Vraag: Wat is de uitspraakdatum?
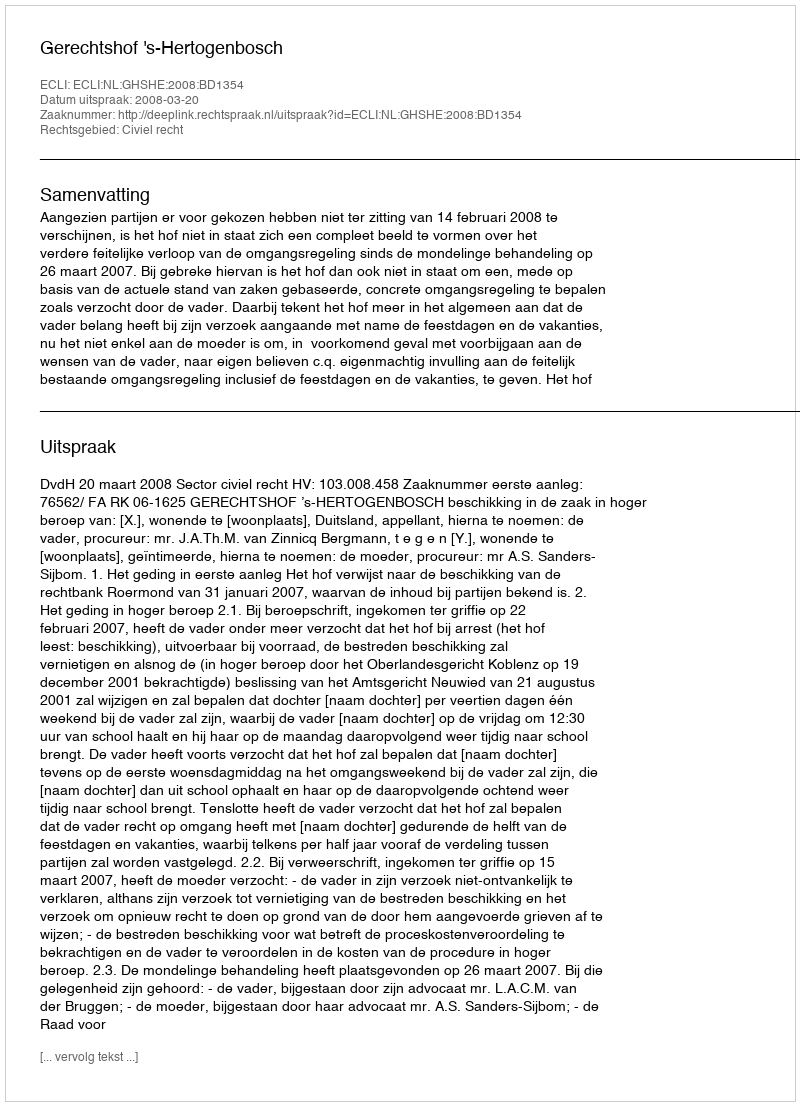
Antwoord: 2008-03-20